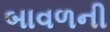
બાવળની